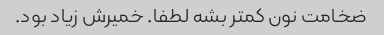
ضخامت نون کمتر بشه لطفا. خمیرش زیاد بود.